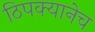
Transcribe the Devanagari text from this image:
ठिपक्यानेच